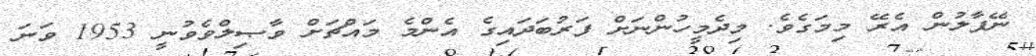
ނޭޕާލުން އެރޭ މިމަގެވެ. މިދެމީހުންނަށް ފަރުބަދައިގެ އެންމެ މައްޗަށް ވާޞިލްވެވުނީ 1953 ވަނަ